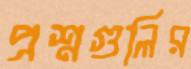
প্রশ্নগুলির